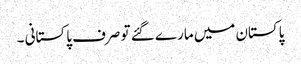
پاکستان میں مارے گئے تو صرف پاکستانی ۔